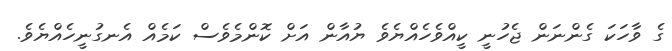
ގެ ވާހަކަ ގެންނަން ޖެހުނީ ކީއްވެހެއްޔެވެ ޔުއާން އަށް ކޮންމެވެސް ކަމެއް އެނގުނީހެއްޔެވެ.